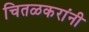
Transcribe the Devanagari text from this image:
चितळकरांनी